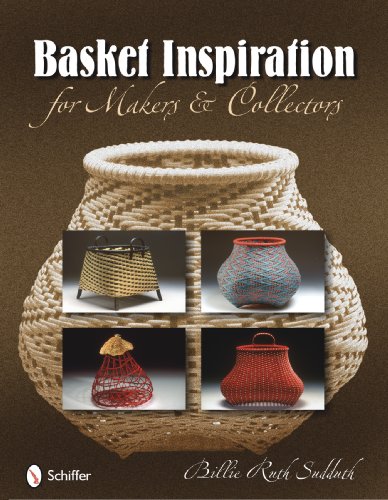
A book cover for Basket Inspiration for Makers & Collectors; Billie Ruth Sudduth; Crafts, Hobbies & Home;